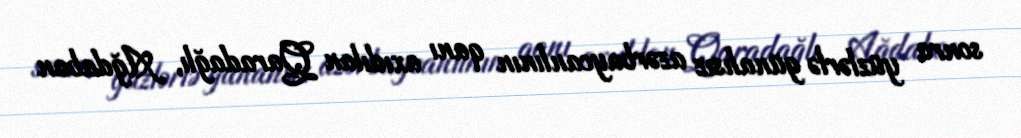
sonra yüzlərlə günahsız azərbaycanlının qanı axıdılan Qaradağlı, Ağdaban